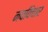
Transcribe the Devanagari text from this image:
नवविचार